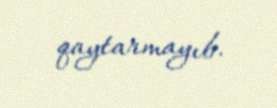
qaytarmayıb.